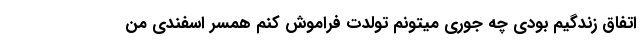
اتفاق زندگیم بودی چه جوری میتونم تولدت فراموش کنم همسر اسفندی من